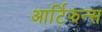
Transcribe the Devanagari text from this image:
आर्टिझन्स